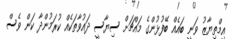
އިމްތިޔާޒު ވަނީ ބައެއް ބޭފުޅުންގެ މައްޗަށް ސިޔާސީ ދައުވާތަކެއް ކުރަމުންދާ ކަން ވެސް